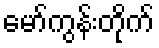
မော်ကွန်းတိုက်